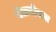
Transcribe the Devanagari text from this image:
मेटास्टेसस